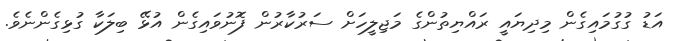
އަޑު ގުގުމައިގެން މިދިޔައީ ރައްޔިތުންގެ މަޖިލީހަށް ސަރުކާރުން ފޮނުވައިގެން އުޅޭ ބިލަކާ ގުޅިގެންނެވެ.